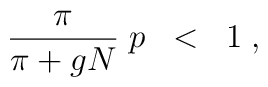
\frac{\pi}{\pi+gN} \; p \; \; <  \; \; 1 \; ,